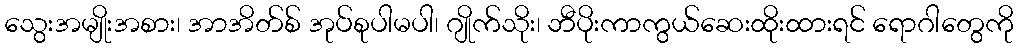
သွေးအမျိုးအစား၊ အာအိတ်စ် အုပ်စုပါမပါ၊ ဂျိုက်သိုး၊ ဘီပိုးကာကွယ်ဆေးထိုးထားရင် ရောဂါတွေကို